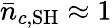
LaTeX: \bar{n}_{c,\mathrm{SH}}\approx 1